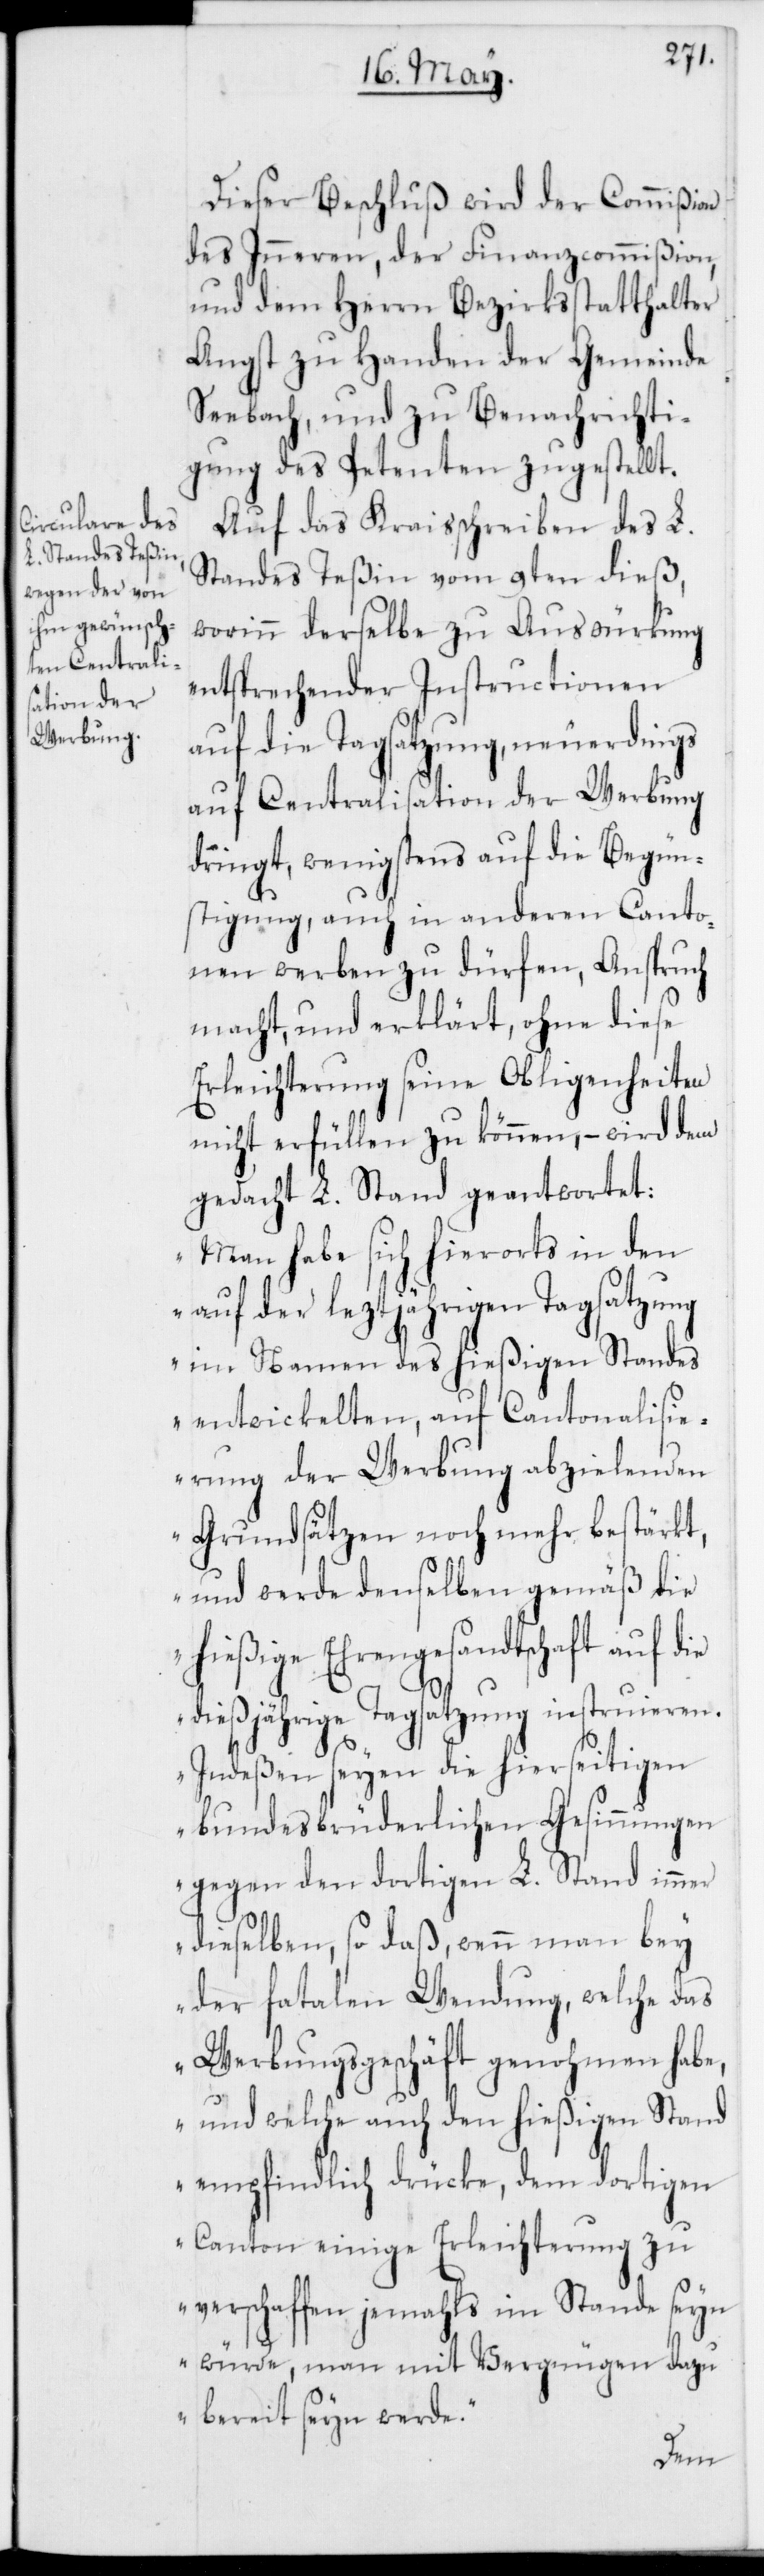
Dieser Beschluß wird der Commißion
des Inneren, der Finanzcommißion,
und dem Herrn Bezirksstatthalter
Angst zu Handen der Gemeinde
Seebach, und zu Benachrichti¬
gung des Petenten zugestellt.
Auf das Kreisschreiben es L.
Standes Teßin vom 9ten dieß,
worinn derselbe zu Auswürkung
entsprechender Instructionen
auf die Tagsatzung, neuerdings
auf Centralisation der Werbung
dringt, wenigstens auf die Begün¬
stigung, auch in anderen Canto¬
nen werben zu dürfen, Anspruch
macht, und erklärt, ohne diese
Erleichterung seine Obliegenheiten
nicht erfüllen zu können, – wird dem
gedacht L. Stand geantwortet:
„Man habe sich hierorts in den
auf der leztjährigen Tagsatzung
im Namen des hießigen Standes
entwickelten, auf Cantonalisi¬
erung der Werbung abzielenden
Grundsätzen noch mehr bestärkt,
und werde denselben gemäß die
hießige Ehrengesandtschaft auf die
dießjährige Tagsatzung instruieren.
Indeßen seyen die hierseitigen
bundesbrüderlichen Gesinnungen
gegen den dortigen L. Stand immer
dieselben, so daß, wenn man bey
der fatalen Wendung, welche das
Werbungsgeschäft genohmen habe,
und welche auch den hießigen Stand
empfindlich drücke, dem dortigen
Canton einige Erleichterung zu
verschaffen jemahls imstande seyn
würde, man mit Vergnügen dazu
bereit seyn werde“.